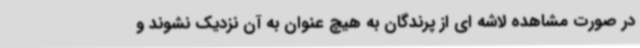
در صورت مشاهده لاشه ای از پرندگان به هیچ عنوان به آن نزدیک نشوند و